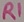
Text: R1